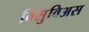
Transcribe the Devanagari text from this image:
विसुविअस